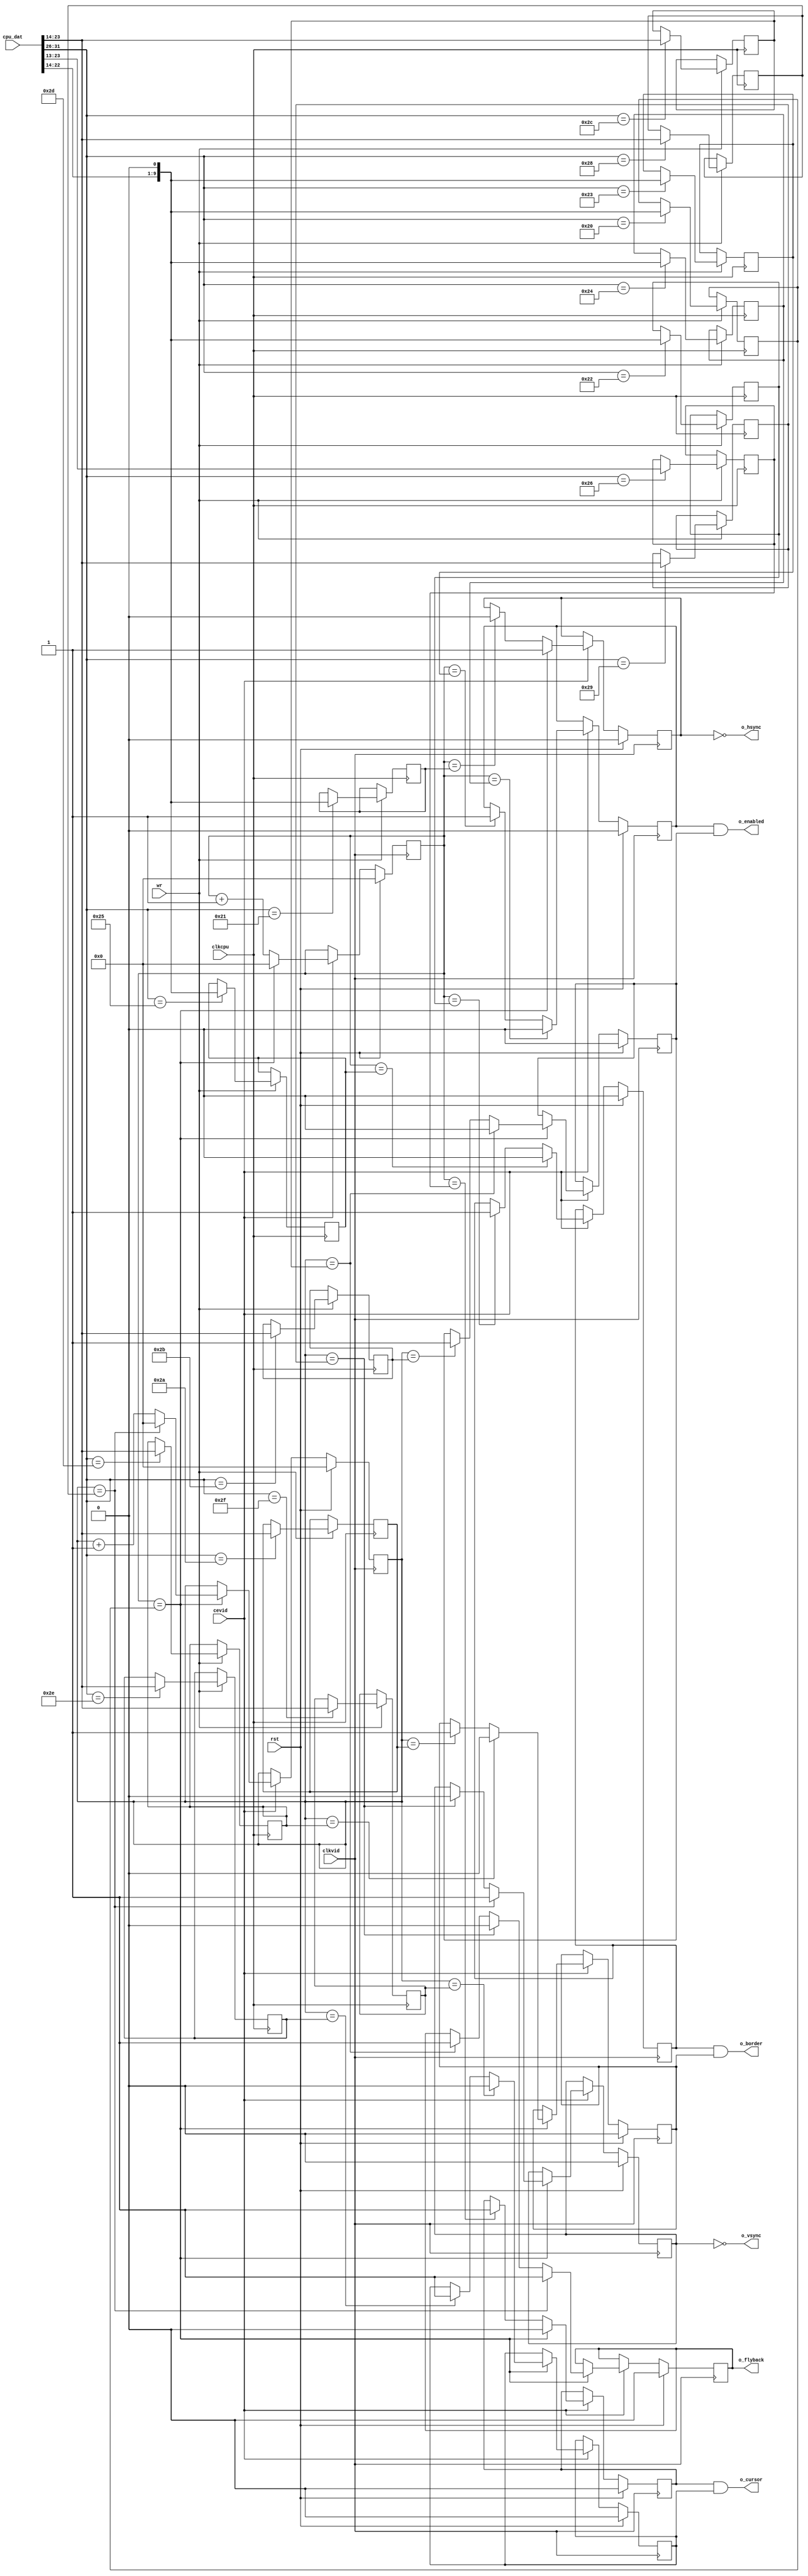
`timescale 1ns / 1ps
/* vidc_timing.v

 Copyright (c) 2012-2014, Stephen J. Leary
 All rights reserved.
 
 Redistribution and use in source and binary forms, with or without
 modification, are permitted provided that the following conditions are met:
     * Redistributions of source code must retain the above copyright
 *       notice, this list of conditions and the following disclaimer.
 *     * Redistributions in binary form must reproduce the above copyright
 *       notice, this list of conditions and the following disclaimer in the
 *       documentation and/or other materials provided with the distribution.
 *     * Neither the name of the <organization> nor the
 *       names of its contributors may be used to endorse or promote products
 *       derived from this software without specific prior written permission.
 * 
 * THIS SOFTWARE IS PROVIDED BY THE COPYRIGHT HOLDERS AND CONTRIBUTORS "AS IS" AND
 * ANY EXPRESS OR IMPLIED WARRANTIES, INCLUDING, BUT NOT LIMITED TO, THE IMPLIED
 * WARRANTIES OF MERCHANTABILITY AND FITNESS FOR A PARTICULAR PURPOSE ARE
 * DISCLAIMED. IN NO EVENT SHALL <COPYRIGHT HOLDER> BE LIABLE FOR ANY
 * DIRECT, INDIRECT, INCIDENTAL, SPECIAL, EXEMPLARY, OR CONSEQUENTIAL DAMAGES
 * (INCLUDING, BUT NOT LIMITED TO, PROCUREMENT OF SUBSTITUTE GOODS OR SERVICES;
 * LOSS OF USE, DATA, OR PROFITS; OR BUSINESS INTERRUPTION) HOWEVER CAUSED AND
 * ON ANY THEORY OF LIABILITY, WHETHER IN CONTRACT, STRICT LIABILITY, OR TORT
 * (INCLUDING NEGLIGENCE OR OTHERWISE) ARISING IN ANY WAY OUT OF THE USE OF THIS
 * SOFTWARE, EVEN IF ADVISED OF THE POSSIBILITY OF SUCH DAMAGE.
 */
 
module vidc_timing(

		input 			clkcpu, 	// cpu clock
		input 			wr, 		// write to video register.
		input [31:0]	cpu_dat,	// data to write (data bus).
		
		input 			clkvid,
		input			cevid,
		input			rst,

		output        o_vsync,
		output        o_hsync, 

		output        o_cursor,
		output        o_enabled,
		output        o_border,
		output        o_flyback
    );

reg [9:0] hcount;
reg [9:0] vcount;

// register locations
localparam  VIDEO_HCR 	= 6'b100000; 
localparam  VIDEO_HSWR 	= 6'b100001; 
localparam  VIDEO_HBSR 	= 6'b100010; 
localparam  VIDEO_HDSR 	= 6'b100011; 
localparam  VIDEO_HDER 	= 6'b100100; 
localparam  VIDEO_HBER 	= 6'b100101; 

localparam  VIDEO_VCR 	= 6'b101000; 
localparam  VIDEO_VSWR 	= 6'b101001; 
localparam  VIDEO_VBSR 	= 6'b101010; 
localparam  VIDEO_VDSR 	= 6'b101011; 
localparam  VIDEO_VDER 	= 6'b101100; 
localparam  VIDEO_VBER 	= 6'b101101; 

localparam  VIDEO_VCSR 	= 6'b101110; 
localparam  VIDEO_VCER 	= 6'b101111; 
localparam  VIDEO_HCSR 	= 6'b100110; 

// vertical registers 
reg [9:0]		vidc_vcr;  // vertical cycle register
reg [9:0]		vidc_vswr; // vertical sync width
reg [9:0]		vidc_vbsr; // vertical border start
reg [9:0]		vidc_vdsr; // vertical display start
reg [9:0]		vidc_vder; // vertical display end
reg [9:0]		vidc_vber; // vertical border end

// horizontal registers 
reg [9:0]		vidc_hcr;  //  horizontal cycle register
reg [9:0]		vidc_hswr; // horizontal sync width
reg [9:0]		vidc_hbsr; // horizontal border start
reg [9:0]		vidc_hdsr; // horizontal display start
reg [9:0]		vidc_hder; // horizontal display end
reg [9:0]		vidc_hber; // horizontal border end

// cursor registers 
reg [10:0]		vidc_hcsr; // horizontal cursor start
reg [9:0]		vidc_vcsr; // vertical cursor start
reg [9:0]		vidc_vcer; // vertical cursor end

initial begin 

	vidc_vcr		= 10'd0; // vertical cycle register
	vidc_vswr	= 10'd0; // vertical sync width
	vidc_vbsr	= 10'd0; // vertical border start
	vidc_vdsr	= 10'd0; // vertical display start
	vidc_vder	= 10'd0; // vertical display end
	vidc_vber	= 10'd0; // vertical border end

	vidc_hcr    = 10'd0; // horizontal cycle register
	vidc_hswr	= 10'd0; // horizontal sync width
	vidc_hbsr	= 10'd0; // horizontal border start
	vidc_hdsr	= 10'd0; // horizontal display start
	vidc_hder	= 10'd0; // horizontal display end
	vidc_hber	= 10'd0; // horizontal border end
	
	vidc_hcsr	= 11'd0; // horizontal cursor start
	vidc_vcsr	= 10'd0;  // vertical cursor start
	vidc_vcer	= 10'd0;  // vertical cursor end

end 

always @(posedge clkcpu) begin

	if (wr) begin 
	
			$display("Writing the timing registers: 0x%08x", cpu_dat);
		
			case (cpu_dat[31:26])  
				
				// verical timing
				VIDEO_VCR: 		vidc_vcr  <= cpu_dat[23:14];
				VIDEO_VSWR: 	vidc_vswr <= cpu_dat[23:14];
				VIDEO_VBSR: 	vidc_vbsr <= cpu_dat[23:14];
				VIDEO_VBER: 	vidc_vber <= cpu_dat[23:14];
				VIDEO_VDSR: 	vidc_vdsr <= cpu_dat[23:14];
				VIDEO_VDER: 	vidc_vder <= cpu_dat[23:14];
				
				// horizontal timing
				VIDEO_HCR: 		vidc_hcr  <= {cpu_dat[22:14], 1'b0};
				VIDEO_HSWR: 	vidc_hswr <= {cpu_dat[22:14], 1'b0};
				VIDEO_HBSR: 	vidc_hbsr <= {cpu_dat[22:14], 1'b0};
				VIDEO_HBER: 	vidc_hber <= {cpu_dat[22:14], 1'b0};
				VIDEO_HDSR: 	vidc_hdsr <= {cpu_dat[22:14], 1'b0};
				VIDEO_HDER: 	vidc_hder <= {cpu_dat[22:14], 1'b0};
				
				VIDEO_HCSR: 	vidc_hcsr <= cpu_dat[23:13];
					
				VIDEO_VCSR: 	vidc_vcsr <= cpu_dat[23:14];
				VIDEO_VCER: 	vidc_vcer <= cpu_dat[23:14];
				
				default:		vidc_vcr <= vidc_vcr;
			endcase
			
	end

end

reg vborder;
reg hborder;
reg vdisplay;
reg hdisplay;
reg vflyback;
reg vcursor;
reg hcursor;
reg hsync;
reg vsync;

assign o_cursor = hcursor & vcursor;
assign o_flyback = vflyback;
assign o_enabled = hdisplay & vdisplay;
assign o_border = hborder & vborder;
assign o_vsync = ~vsync;
assign o_hsync = ~hsync;

always @(posedge clkvid) begin

	if (rst) begin
		hcount <= 0;
		vcount <= 0;
		hborder <= 0;
		vborder <= 0;
		hsync <= 0;
		vsync <= 0;
		vflyback <= 0;
		hdisplay <= 0;
		vdisplay <= 0;
		hcursor <= 0;
		vcursor <= 0;
	end else
	if (cevid) begin
		// video frame control

		hcount <= hcount + 1'd1;
		if (hcount == vidc_hbsr) hborder <= 1;
		if (hcount == vidc_hber) hborder <= 0;
		if (hcount == vidc_hdsr) hdisplay <= 1;
		if (hcount == vidc_hder) hdisplay <= 0;
		if ({1'b0, hcount} == vidc_hcsr) hcursor <= 1;
		if (hcount == vidc_hswr) hsync <= 0;

		if (hcount == vidc_hcr) begin
			hcount <= 0;
			hcursor <= 0;
			hsync <= 1;

			vcount <= vcount + 1'd1;
			if (vcount == vidc_vbsr) vborder <= 1;
			if (vcount == vidc_vber) vborder <= 0;
			if (vcount == vidc_vdsr) vdisplay <= 1;
			if (vcount == vidc_vder) begin
				vdisplay <= 0;
				vflyback <= 1;
			end
			if (vcount == vidc_vcsr) vcursor <= 1;
			if (vcount == vidc_vcer) vcursor <= 0;
			if (vcount == vidc_vswr) begin
				vsync <= 0;
				vflyback <= 0;
			end

			if (vcount == vidc_vcr) begin
				vcount <= 0;
				vflyback <= 1; // turn vflayback on even if vder is crazy-programmed
				vsync <= 1;
			end
		end

	end
end

endmodule